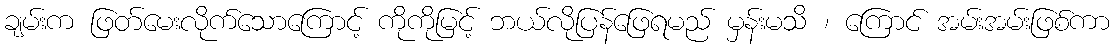
ချမ်းက ဖြတ်မေးလိုက်သောကြောင့် ကိုကိုမြင့် ဘယ်လိုပြန်ဖြေရမည် မှန်းမသိ ၊ ကြောင် အမ်းအမ်းဖြစ်ကာ